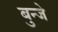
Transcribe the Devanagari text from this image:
बुन्जे